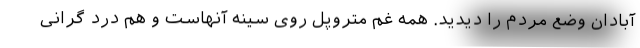
آبادان وضع مردم را دیدید. همه غم متروپل روی سینه آنهاست و هم درد گرانی